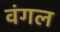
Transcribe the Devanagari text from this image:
वंगल